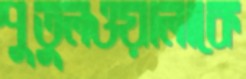
পুতুলওয়ালাকে